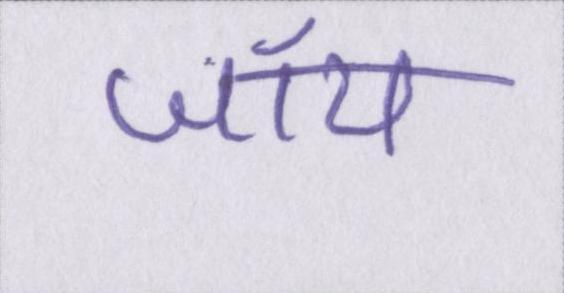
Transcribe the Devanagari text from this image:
जॉय